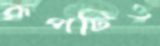
রূপটিও